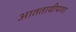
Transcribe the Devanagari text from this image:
आततायीपणा